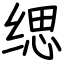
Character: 缌